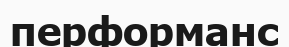
перформанс